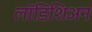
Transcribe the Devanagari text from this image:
लॉडिशिअन